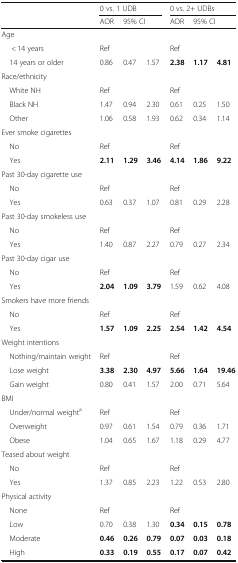
<table><thead><tr><td></td><td colspan="3"><b>0 vs. 1 UDB</b></td><td colspan="3"><b>0 vs. 2+ UDBs</b></td></tr><tr><td></td><td><b>AOR</b></td><td colspan="2"><b>95% CI</b></td><td><b>AOR</b></td><td colspan="2"><b>95% CI</b></td></tr></thead><tbody><tr><td colspan="7">Age</td></tr><tr><td>&lt; 14 years</td><td>Ref</td><td></td><td></td><td>Ref</td><td></td><td></td></tr><tr><td> 14 years or older</td><td>0.86</td><td>0.47</td><td>1.57</td><td><b>2.38</b></td><td><b>1.17</b></td><td><b>4.81</b></td></tr><tr><td colspan="7">Race/ethnicity</td></tr><tr><td> White NH</td><td>Ref</td><td></td><td></td><td>Ref</td><td></td><td></td></tr><tr><td> Black NH</td><td>1.47</td><td>0.94</td><td>2.30</td><td>0.61</td><td>0.25</td><td>1.50</td></tr><tr><td> Other</td><td>1.06</td><td>0.58</td><td>1.93</td><td>0.62</td><td>0.34</td><td>1.14</td></tr><tr><td colspan="7">Ever smoke cigarettes</td></tr><tr><td> No</td><td>Ref</td><td></td><td></td><td>Ref</td><td></td><td></td></tr><tr><td> Yes</td><td><b>2.11</b></td><td><b>1.29</b></td><td><b>3.46</b></td><td><b>4.14</b></td><td><b>1.86</b></td><td><b>9.22</b></td></tr><tr><td colspan="7">Past 30-day cigarette use</td></tr><tr><td> No</td><td>Ref</td><td></td><td></td><td>Ref</td><td></td><td></td></tr><tr><td> Yes</td><td>0.63</td><td>0.37</td><td>1.07</td><td>0.81</td><td>0.29</td><td>2.28</td></tr><tr><td colspan="7">Past 30-day smokeless use</td></tr><tr><td> No</td><td>Ref</td><td></td><td></td><td>Ref</td><td></td><td></td></tr><tr><td> Yes</td><td>1.40</td><td>0.87</td><td>2.27</td><td>0.79</td><td>0.27</td><td>2.34</td></tr><tr><td colspan="7">Past 30-day cigar use</td></tr><tr><td> No</td><td>Ref</td><td></td><td></td><td>Ref</td><td></td><td></td></tr><tr><td> Yes</td><td><b>2.04</b></td><td><b>1.09</b></td><td><b>3.79</b></td><td>1.59</td><td>0.62</td><td>4.08</td></tr><tr><td colspan="7">Smokers have more friends</td></tr><tr><td> No</td><td>Ref</td><td></td><td></td><td>Ref</td><td></td><td></td></tr><tr><td> Yes</td><td><b>1.57</b></td><td><b>1.09</b></td><td><b>2.25</b></td><td><b>2.54</b></td><td><b>1.42</b></td><td><b>4.54</b></td></tr><tr><td colspan="7">Weight intentions</td></tr><tr><td> Nothing/maintain weight</td><td>Ref</td><td></td><td></td><td>Ref</td><td></td><td></td></tr><tr><td> Lose weight</td><td><b>3.38</b></td><td><b>2.30</b></td><td><b>4.97</b></td><td><b>5.66</b></td><td><b>1.64</b></td><td><b>19.46</b></td></tr><tr><td> Gain weight</td><td>0.80</td><td>0.41</td><td>1.57</td><td>2.00</td><td>0.71</td><td>5.64</td></tr><tr><td colspan="7">BMI</td></tr><tr><td> Under/normal weight<sup>a</sup></td><td>Ref</td><td></td><td></td><td>Ref</td><td></td><td></td></tr><tr><td> Overweight</td><td>0.97</td><td>0.61</td><td>1.54</td><td>0.79</td><td>0.36</td><td>1.71</td></tr><tr><td> Obese</td><td>1.04</td><td>0.65</td><td>1.67</td><td>1.18</td><td>0.29</td><td>4.77</td></tr><tr><td colspan="7">Teased about weight</td></tr><tr><td> No</td><td>Ref</td><td></td><td></td><td>Ref</td><td></td><td></td></tr><tr><td> Yes</td><td>1.37</td><td>0.85</td><td>2.23</td><td>1.22</td><td>0.53</td><td>2.80</td></tr><tr><td colspan="7">Physical activity</td></tr><tr><td> None</td><td>Ref</td><td></td><td></td><td>Ref</td><td></td><td></td></tr><tr><td> Low</td><td>0.70</td><td>0.38</td><td>1.30</td><td><b>0.34</b></td><td><b>0.15</b></td><td><b>0.78</b></td></tr><tr><td> Moderate</td><td><b>0.46</b></td><td><b>0.26</b></td><td><b>0.79</b></td><td><b>0.07</b></td><td><b>0.03</b></td><td><b>0.18</b></td></tr><tr><td> High</td><td><b>0.33</b></td><td><b>0.19</b></td><td><b>0.55</b></td><td><b>0.17</b></td><td><b>0.07</b></td><td><b>0.42</b></td></tr></tbody></table>